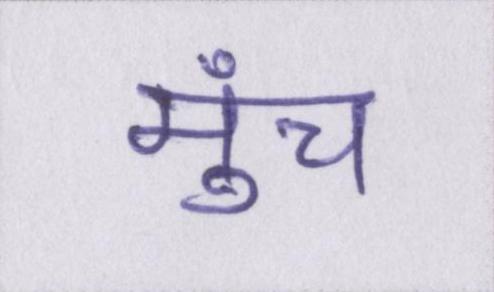
मुंच